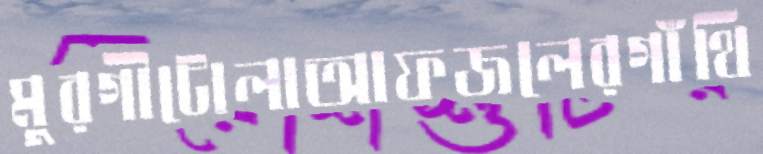
মুরগীটোলাআফজলেরগাঁথি